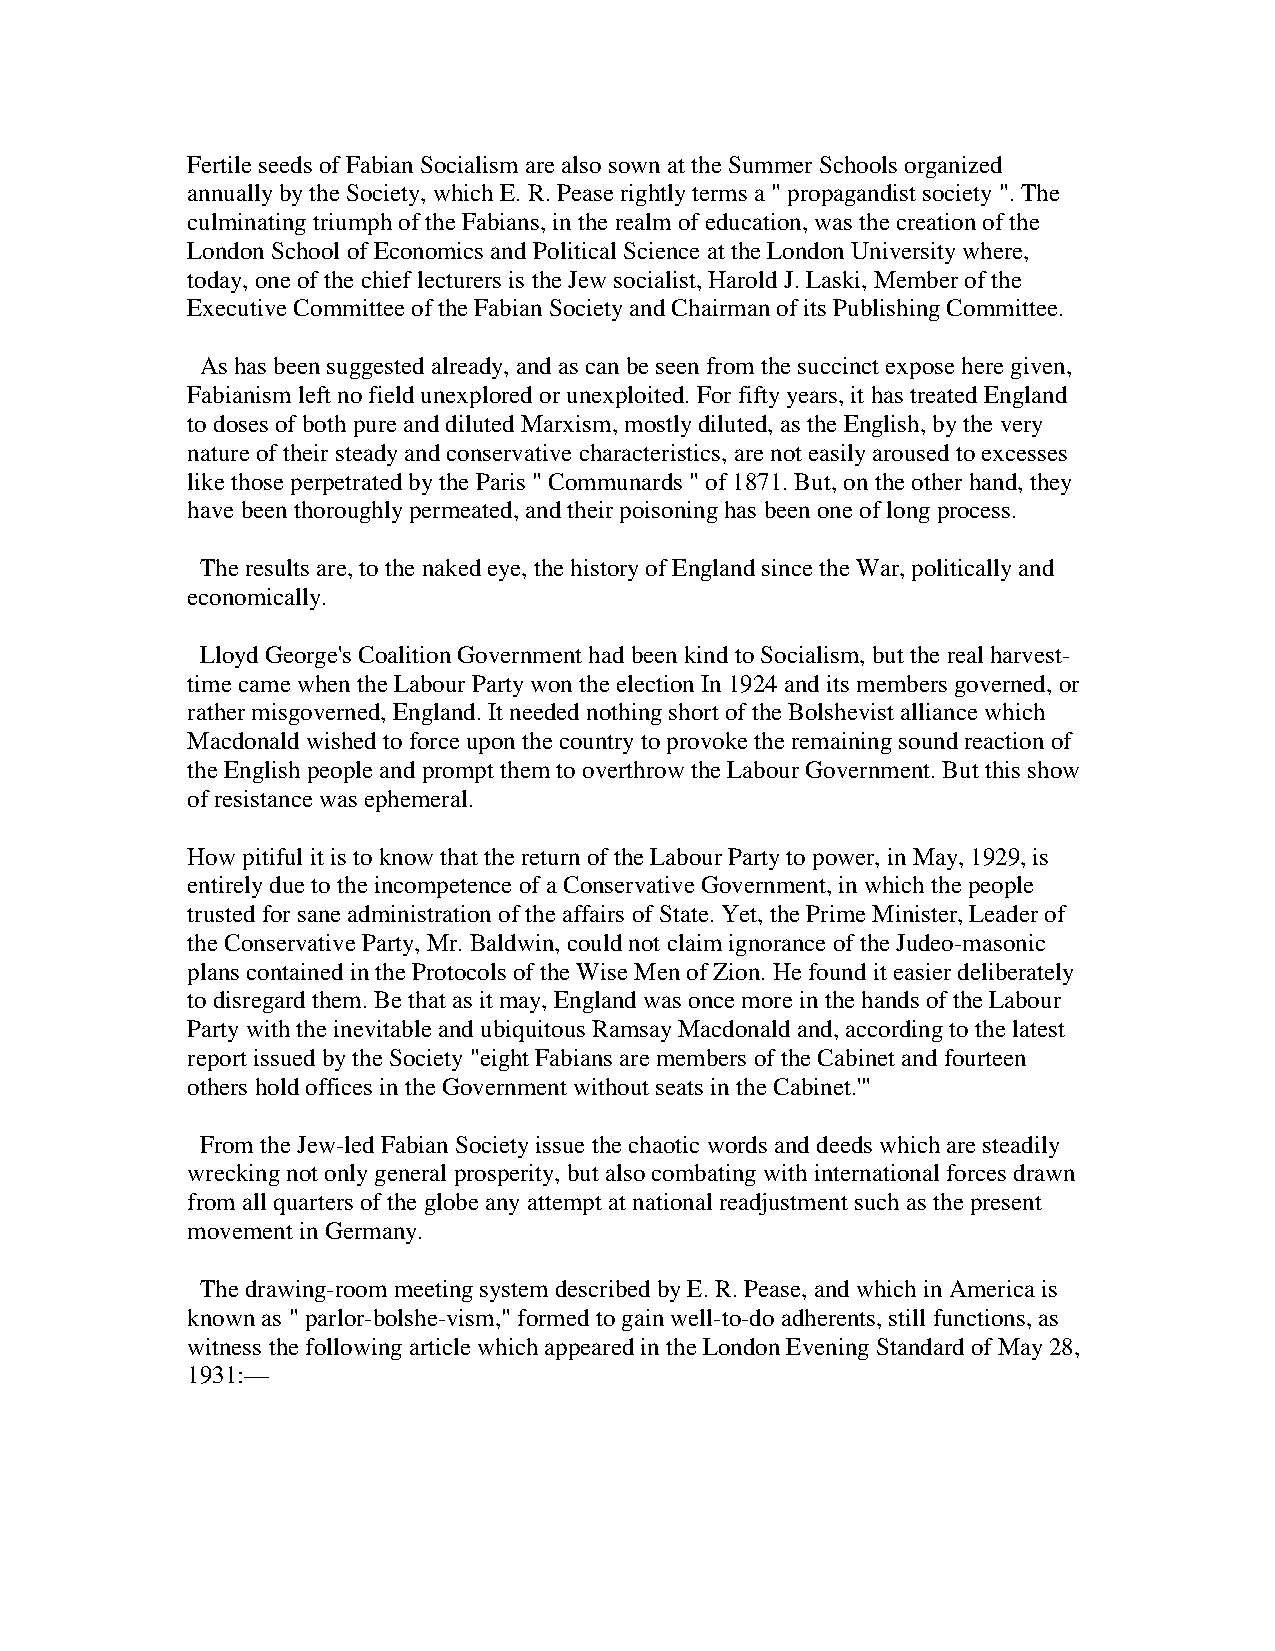
Fertile seeds of Fabian Socialism are also sown at the Summer Schools organized
 annually by the Society, which E. R. Pease rightly terms a " propagandist society ". The
 culminating triumph of the Fabians, in the realm of education, was the creation of the
 London School of Economics and Political Science at the London University where,
 today, one of the chief lecturers is the Jew socialist, Harold J. Laski, Member of the
 Executive Committee of the Fabian Society and Chairman of its Publishing Committee.
 As has been suggested already, and as can be seen from the succinct expose here given,
 Fabianism left no field unexplored or unexploited. For fifty years, it has treated England
 to doses of both pure and diluted Marxism, mostly diluted, as the English, by the very
 nature of their steady and conservative characteristics, are not easily aroused to excesses
 like those perpetrated by the Paris " Communards " of 1871. But, on the other hand, they
 have been thoroughly permeated, and their poisoning has been one of long process.
 The results are, to the naked eye, the history of England since the War, politically and
 economically.
 Lloyd George's Coalition Government had been kind to Socialism, but the real harvest-
 time came when the Labour Party won the election In 1924 and its members governed, or
 rather misgoverned, England. It needed nothing short of the Bolshevist alliance which
 Macdonald wished to force upon the country to provoke the remaining sound reaction of
 the English people and prompt them to overthrow the Labour Government. But this show
 of resistance was ephemeral.
 How pitiful it is to know that the return of the Labour Party to power, in May, 1929, is
 entirely due to the incompetence of a Conservative Government, in which the people
 trusted for sane administration of the affairs of State. Yet, the Prime Minister, Leader of
 the Conservative Party, Mr. Baldwin, could not claim ignorance of the Judeo-masonic
 plans contained in the Protocols of the Wise Men of Zion. He found it easier deliberately
 to disregard them. Be that as it may, England was once more in the hands of the Labour
 Party with the inevitable and ubiquitous Ramsay Macdonald and, according to the latest
 report issued by the Society "eight Fabians are members of the Cabinet and fourteen
 others hold offices in the Government without seats in the Cabinet.'"
 From the Jew-led Fabian Society issue the chaotic words and deeds which are steadily
 wrecking not only general prosperity, but also combating with international forces drawn
 from all quarters of the globe any attempt at national readjustment such as the present
 movement in Germany.
 The drawing-room meeting system described by E. R. Pease, and which in America is
 known as " parlor-bolshe-vism," formed to gain well-to-do adherents, still functions, as
 witness the following article which appeared in the London Evening Standard of May 28,
 1931:—